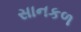
સાનકળ